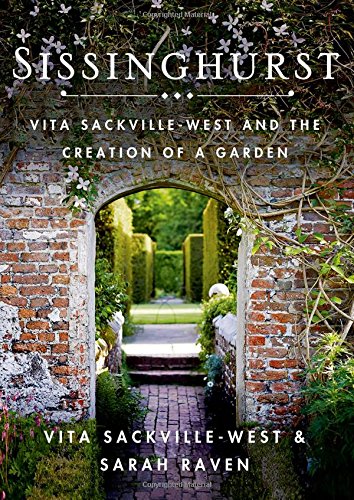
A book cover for Sissinghurst: Vita Sackville-West and the Creation of a Garden; Vita Sackville-West; Crafts, Hobbies & Home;